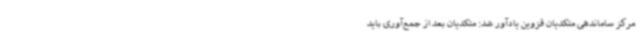
مرکز ساماندهی متکدیان قزوین یادآور شد: متکدیان بعد از جمع‌آوری باید